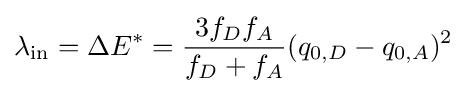
\lambda _{\text{in}}=\Delta E^{*}={\frac {3f_{D}f_{A}}{f_{D}+f_{A}}}(q_{0,D}-q_{0,A})^{2}